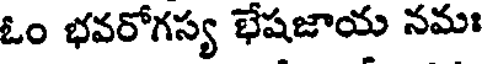
ఓం భవరోగస్య భేషజాయ నమః